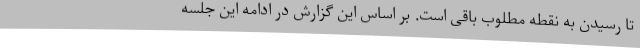
تا رسیدن به نقطه مطلوب باقی است. بر اساس این گزارش در ادامه این جلسه